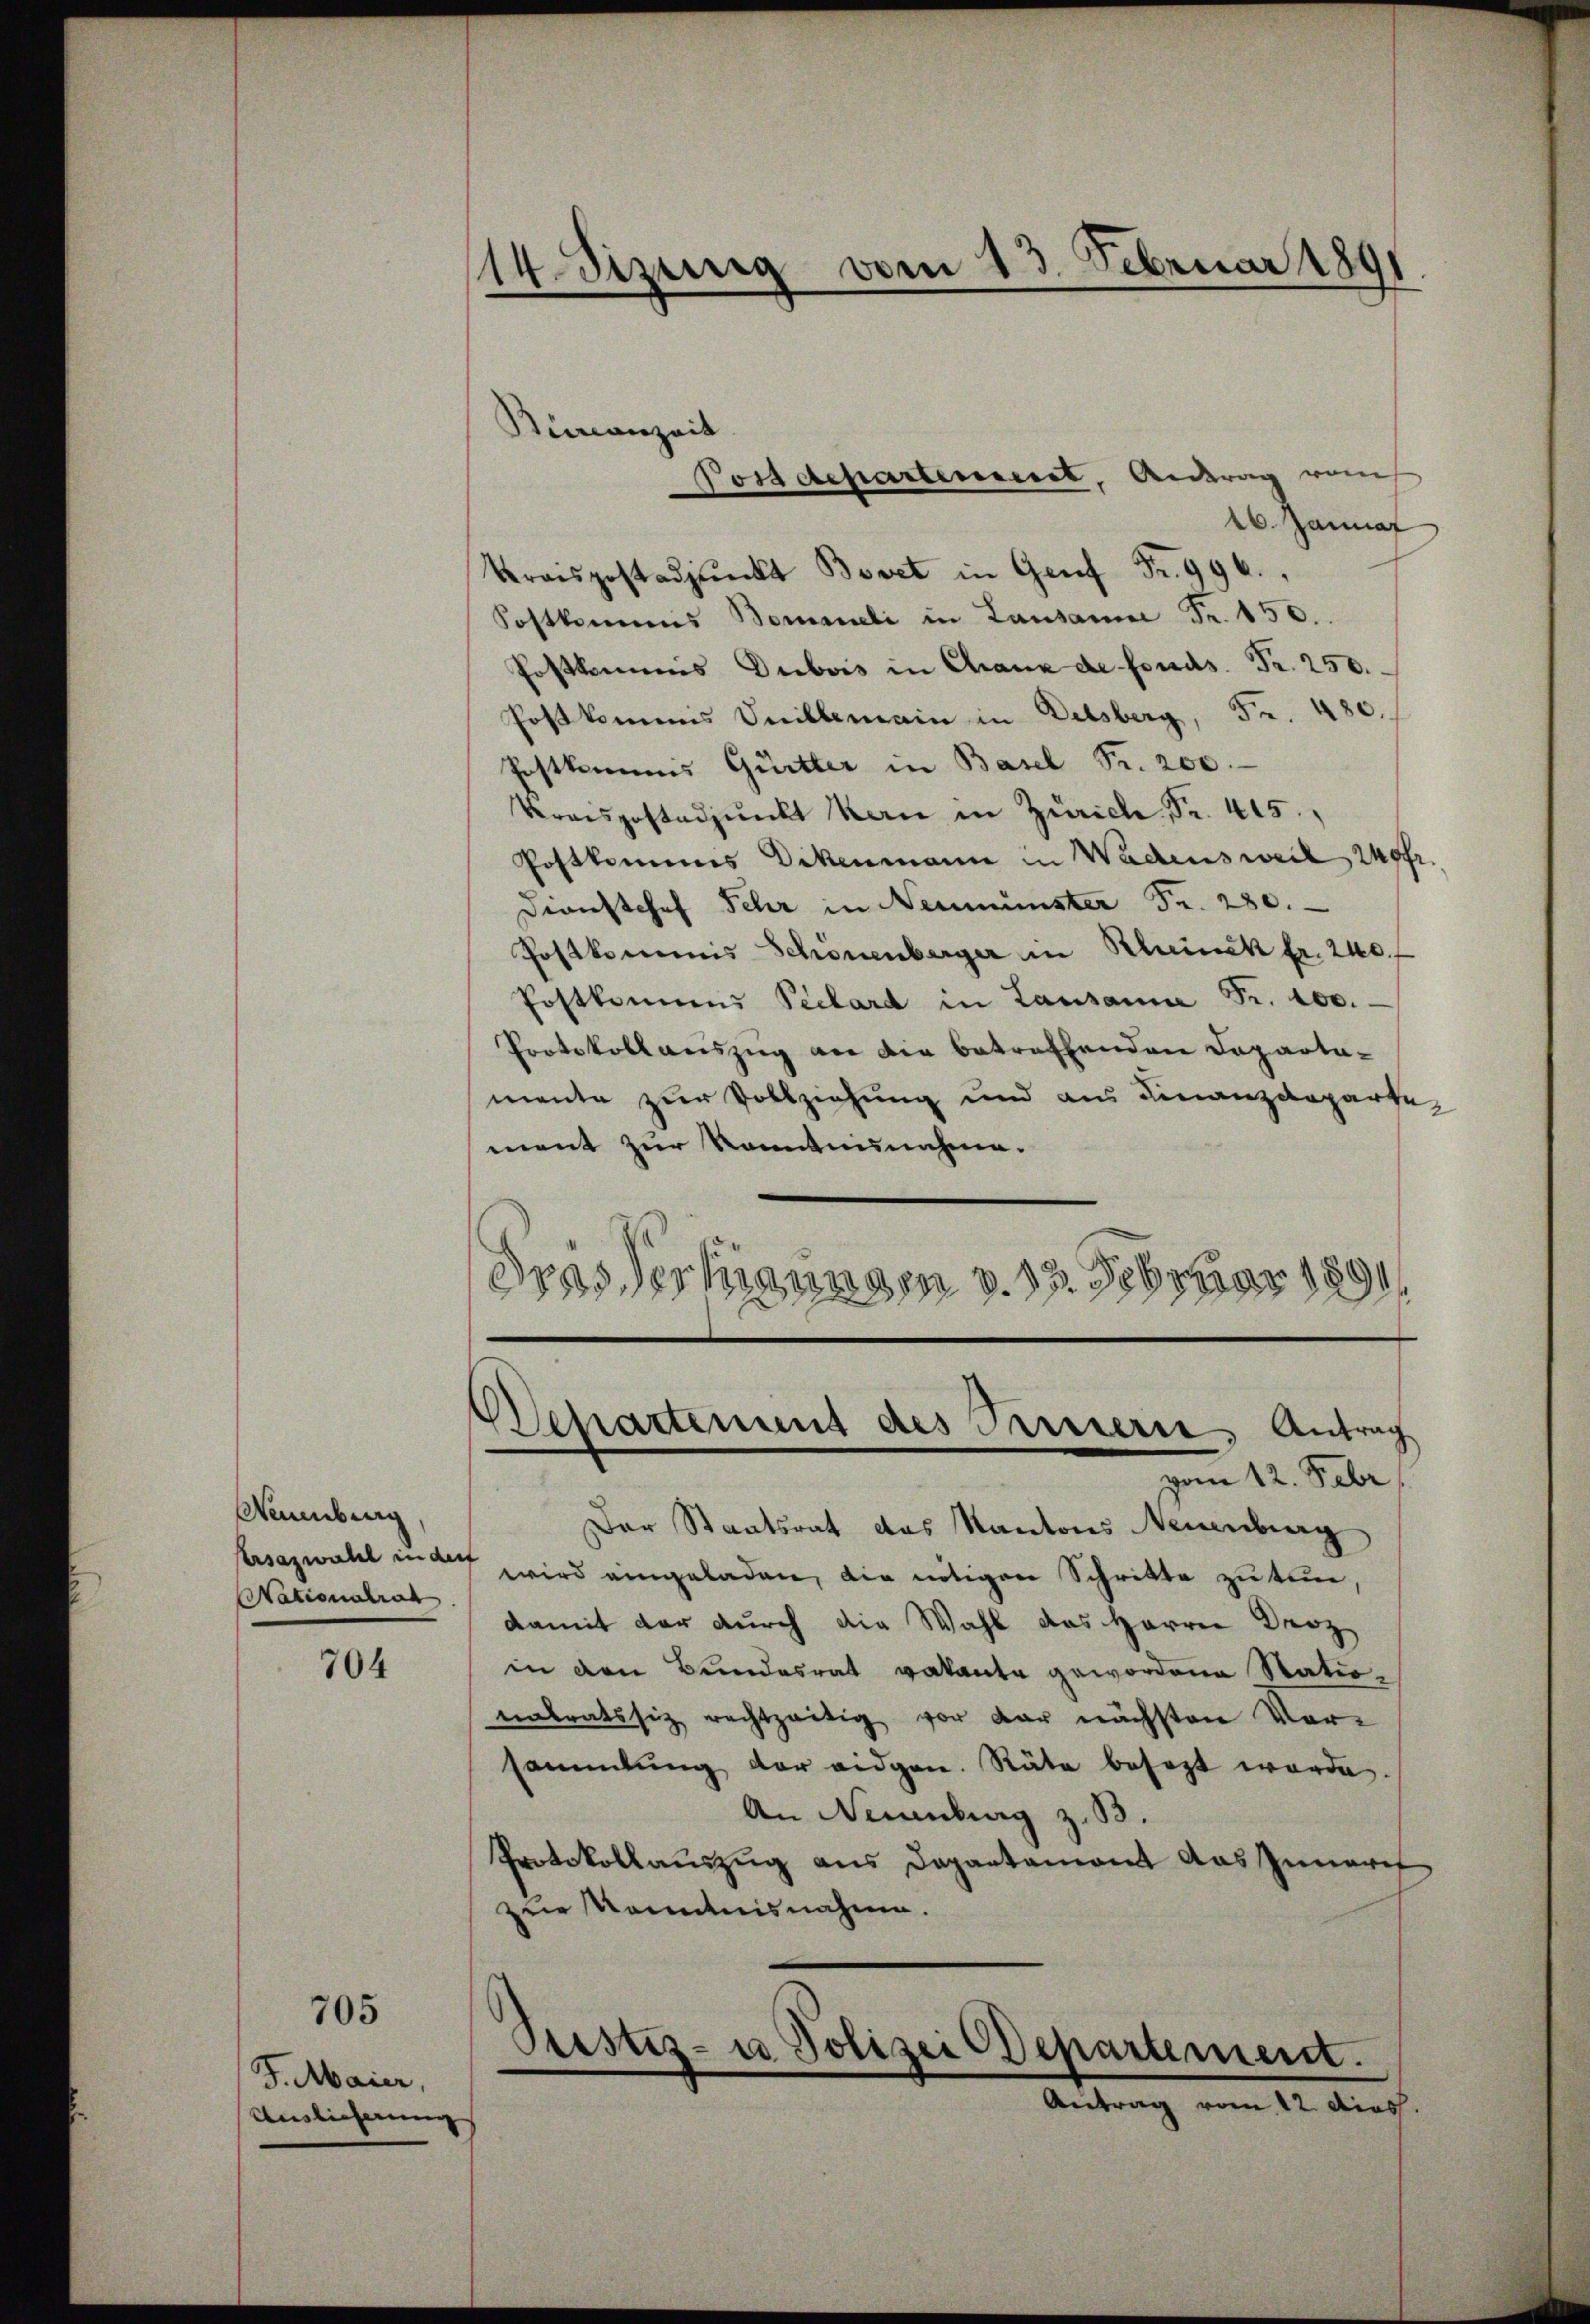
Nannburg
Versazwahl in der
Nationalrat

704

705

J. Maier,
Auslieferung

14. Dezung vom 13. Februar 189

Bürcanzeit
Possdepartement, Antrag vom
16. Januar
Kraispostadpŭnkt Bovet in Genf Fr. 996.,
Postkommis Bommeli in Lausanne Fr. 150.
Postkommis Dubois in Chanz de fonds. Fr. 250.
Postkommis Vnillemain in Delsberg, Fr. 480.
Erstkommis Quitter in Basel Fr. 200.
Kraispostadpŭnkt Kerne in Zürich Fr. 415.
Postkammes Dickenmann in Wadensweil zefr.
Dienstchef Sehr in Neumünster Fr. 280.
Postkommis Schönenberger in Klinck fr. 240.
Postkommen Peclard in Lausanna Fr. 100.
Protokoll aŭszŭg an die betreffenden Departa-
mente zur Vollziehung und aus Finanzdeparten
ment zur Kenntnunahme.
Dras Vertigungen v. 13. Februar 189

vom 12. Febr
Der Staatsrat das Kantons Neuenburg
wird eingeladen, die nötigen Schritte zu tun,
damit der durch die Wahl das Herrn Droz
in den Bundesrat vakante gewordene Stationatratssiz rechtzeitig vor der nächsten Versammlung der eidgen. Räte besezt werde.
An Neuenburg z. B.
Protokollauszug aus Departamont das Innere
zur Kenntnisnahme.

Departement des Ternern, Antrag

Prestiz- u Polizei Departement.
Antrag vom 12. dies